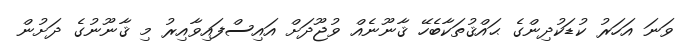
ވަނަ އަހަރު ކުޑަކުދިންގެ ޙައްޤުތަކާބެހޭ ޤާނޫނެއް ވުޖޫދަށް އައިސްފައިވާއިރު މި ޤާނޫނުގެ ދަށުން